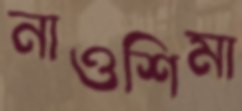
নাওশিমা